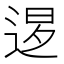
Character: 𨓆